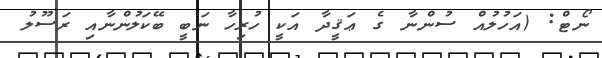
ނޯޓް: (އަހުލުއް ސުންނާ ގެ ޢަޤީދާ އަކީ ހުރިހާ ނަބީ ބޭކަލުންނާއި ރަސޫލު